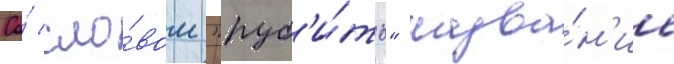
Со́ сло́вом "руб'и́ть" назва́н'ие